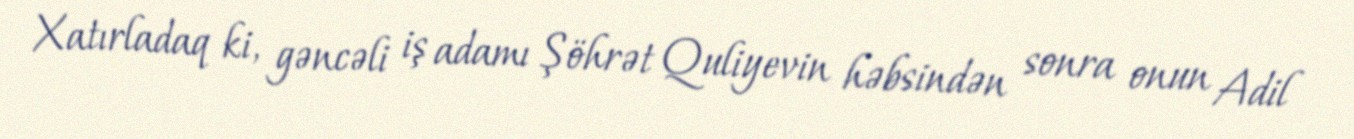
Xatırladaq ki, gəncəli iş adamı Şöhrət Quliyevin həbsindən sonra onun Adil